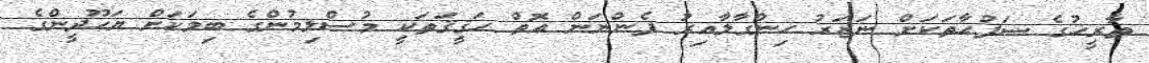
ތާރީޚުގެ ޞަފުޙާތަކަށް ނަޒަރު ހިންގާލާއިރު ފެންނަން އޮތް ހަޤީޤަތަކީ މުސްލިމުންގެ ބިމަކަށް ޔަހޫދީންގެ